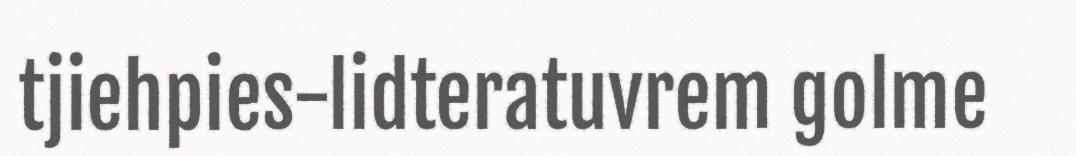
tjiehpies-lidteratuvrem golme